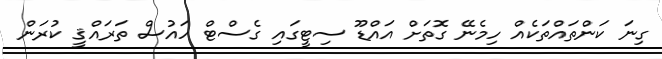
ގިނަ ކަންތައްތަކެއް ހިމެނޭ ގޮތަށް އައްޑޫ ސިޓީގައި ގެސްޓް ހައުސް ތަރައްޤީ ކުރަން